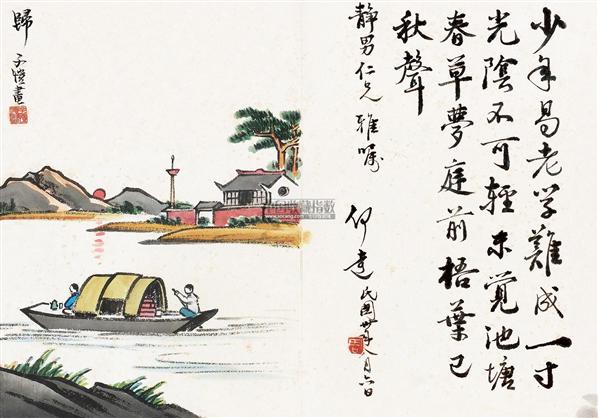
少年易老学难成，一寸光阴不可轻。